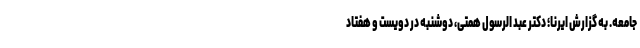
جامعه. به گزارش ایرنا؛ دکتر عبد الرسول همتی، دوشنبه در دویست و هفتاد